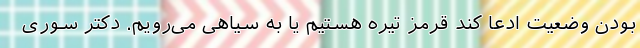
بودن وضعیت ادعا کند قرمز تیره هستیم یا به سیاهی می‌رویم. دکتر سوری